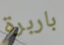
باربرة